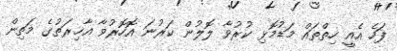
ފަހެ އެއީ ހިތްތައް މަޑުމޮޅި ކުރުވާ ލޮލުން ކަރުނަ އޮހޮރުވާ އާޚިރަތުގެ މަތިން